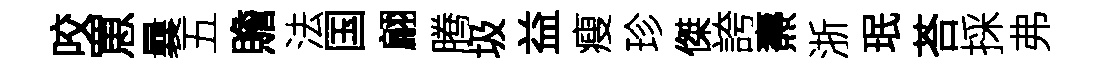
咬罳曩五贍法国翩腾圾益瘦珍傑誇燾浙珉荅採弗